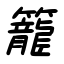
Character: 籠